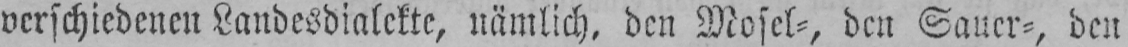
verschiedenen Landesdialekte, nämlich, den Mosel⸗, den Sauer⸗, den